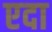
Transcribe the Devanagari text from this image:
एदा